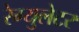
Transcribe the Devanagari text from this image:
रेग्युलेटर